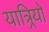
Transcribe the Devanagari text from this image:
यात्र्रियों